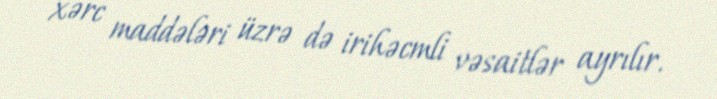
xərc maddələri üzrə də irihəcmli vəsaitlər ayrılır.